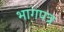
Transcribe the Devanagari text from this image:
भागपत्र